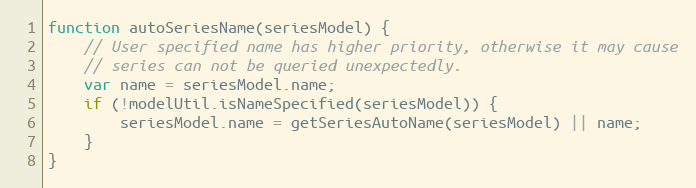
Language: JavaScript
function autoSeriesName(seriesModel) {
    // User specified name has higher priority, otherwise it may cause
    // series can not be queried unexpectedly.
    var name = seriesModel.name;
    if (!modelUtil.isNameSpecified(seriesModel)) {
        seriesModel.name = getSeriesAutoName(seriesModel) || name;
    }
}